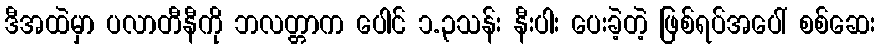
ဒီအထဲမှာ ပလာတီနီကို ဘလတ္တာက ပေါင် ၁.၃သန်း နီးပါး ပေးခဲ့တဲ့ ဖြစ်ရပ်အပေါ် စစ်ဆေး